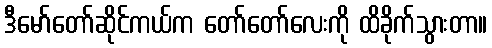
ဒီမော်တော်ဆိုင်ကယ်က တော်တော်လေးကို ထိခိုက်သွားတာ။